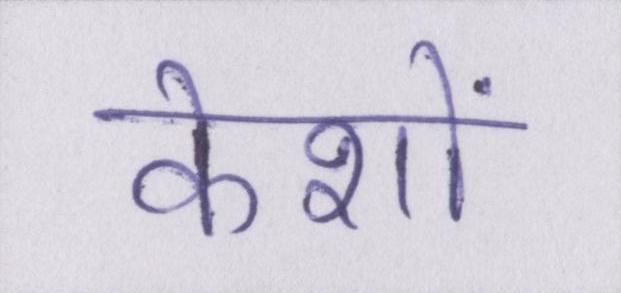
केशों